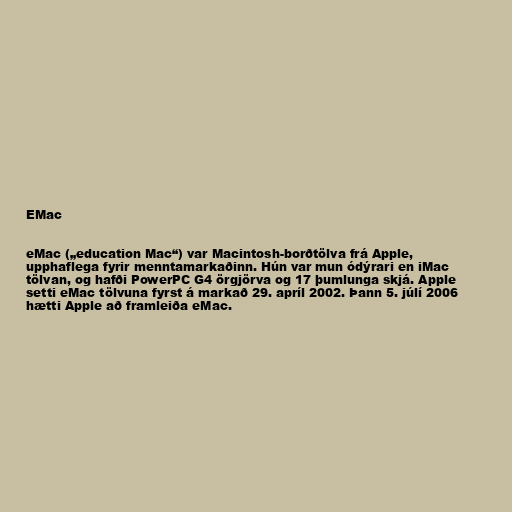
EMac

eMac („education Mac“) var Macintosh-borðtölva frá Apple,
upphaflega fyrir menntamarkaðinn. Hún var mun ódýrari en iMac
tölvan, og hafði PowerPC G4 örgjörva og 17 þumlunga skjá. Apple
setti eMac tölvuna fyrst á markað 29. apríl 2002. Þann 5. júlí 2006
hætti Apple að framleiða eMac.